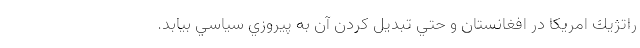
راتژيك امريكا در افغانستان و حتي تبديل كردن آن به پيروزي سياسي بيابد.